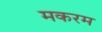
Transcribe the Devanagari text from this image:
मकरम